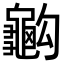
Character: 𪚭